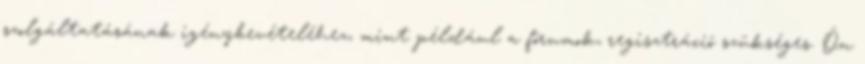
szolgáltatásának igénybevételéhez, mint például a fórumok, regisztráció szükséges. Ön